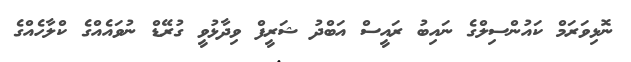
ނޮޅިވަރަމް ކައުންސިލްގެ ނައިބު ރައީސް އަބްދު ޝަރީފް ވިދާޅުވީ ގުރޭޑް ނުވައެއްގެ ކްލާހެއްގެ